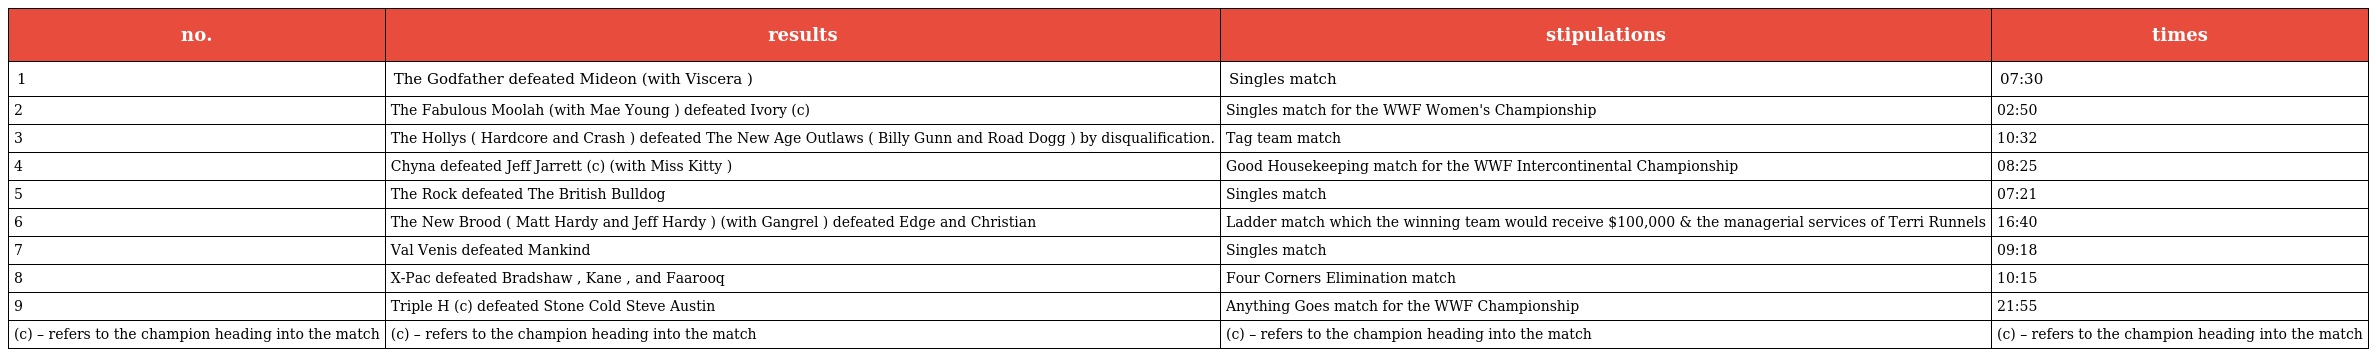
| no. | results | stipulations | times |
 | --- | --- | --- | --- |
 | 1 | The Godfather defeated Mideon (with Viscera ) | Singles match | 07:30 |
 | 2 | The Fabulous Moolah (with Mae Young ) defeated Ivory (c) | Singles match for the WWF Women's Championship | 02:50 |
 | 3 | The Hollys ( Hardcore and Crash ) defeated The New Age Outlaws ( Billy Gunn and Road Dogg ) by disqualification. | Tag team match | 10:32 |
 | 4 | Chyna defeated Jeff Jarrett (c) (with Miss Kitty ) | Good Housekeeping match for the WWF Intercontinental Championship | 08:25 |
 | 5 | The Rock defeated The British Bulldog | Singles match | 07:21 |
 | 6 | The New Brood ( Matt Hardy and Jeff Hardy ) (with Gangrel ) defeated Edge and Christian | Ladder match which the winning team would receive $100,000 & the managerial services of Terri Runnels | 16:40 |
 | 7 | Val Venis defeated Mankind | Singles match | 09:18 |
 | 8 | X-Pac defeated Bradshaw , Kane , and Faarooq | Four Corners Elimination match | 10:15 |
 | 9 | Triple H (c) defeated Stone Cold Steve Austin | Anything Goes match for the WWF Championship | 21:55 |
 | (c) – refers to the champion heading into the match | (c) – refers to the champion heading into the match | (c) – refers to the champion heading into the match | (c) – refers to the champion heading into the match |